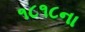
૧૮૧૮ના